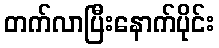
တက်လာပြီးနောက်ပိုင်း